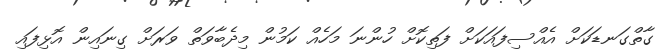
ގާތްގަނޑަކަށް އެއްސިފައަކަށް ފަތިކޮށް ހުންނަ މަހެއް ކަމުން މިދެބާވަތް ވަރަށް ގިނައިން އޮޅިފައި